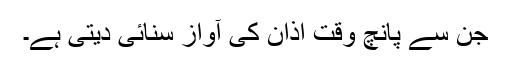
جن سے پانچ وقت اذان کی آواز سنائی دیتی ہے۔